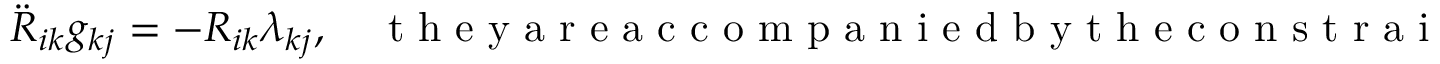
\begin{array} { r } { \ddot { R } _ { i k } g _ { k j } = - R _ { i k } \lambda _ { k j } , \quad \mathrm { ~ t ~ h ~ e ~ y ~ a ~ r ~ e ~ a ~ c ~ c ~ o ~ m ~ p ~ a ~ n ~ i ~ e ~ d ~ b ~ y ~ t ~ h ~ e ~ c ~ o ~ n ~ s ~ t ~ r ~ a ~ i ~ n ~ t ~ s ~ } ~ R ^ { T } R = { \bf 1 } . } \end{array}